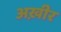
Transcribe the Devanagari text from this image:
अख़ीर